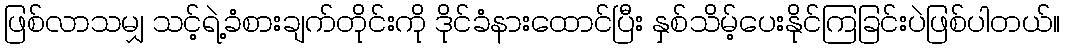
ဖြစ်လာသမျှ သင့်ရဲ့ခံစားချက်တိုင်းကို ဒိုင်ခံနားထောင်ပြီး နှစ်သိမ့်ပေးနိုင်ကြခြင်းပဲဖြစ်ပါတယ်။